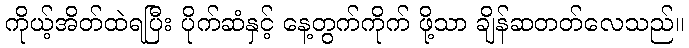
ကိုယ့်အိတ်ထဲရပြီး ပိုက်ဆံနှင့် နေ့တွက်ကိုက် ဖို့သာ ချိန်ဆတတ်လေသည်။